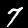
Label: 7